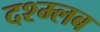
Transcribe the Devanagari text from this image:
दश्म्लब